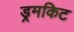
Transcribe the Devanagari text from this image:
ड्रमकिट